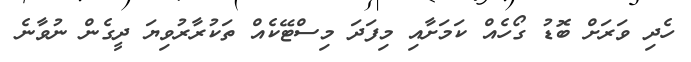
ހެދި ވަރަށް ބޮޑު ގޯހެއް ކަމަށާއި މިފަދަ މިސްޓޭކެއް ތަކުރާރުވިޔަ ދީގެން ނުވާނެ